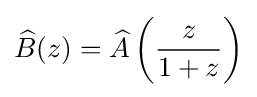
{\widehat {B}}(z)={\widehat {A}}\left({\frac {z}{1+z}}\right)